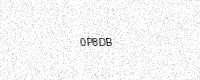
Text: 0P8DB